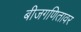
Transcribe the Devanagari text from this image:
बीजगणितावर